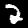
Label: 2